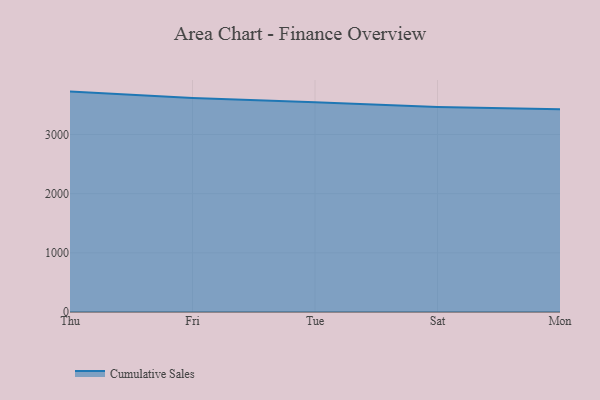
{"axis": {"x": "Day", "y": "Shipments"}, "legend": ["Cumulative Sales"], "data": [{"x": "Thu", "y": 3724.8, "type": "Cumulative Sales"}, {"x": "Fri", "y": 3618.0, "type": "Cumulative Sales"}, {"x": "Tue", "y": 3543.1, "type": "Cumulative Sales"}, {"x": "Sat", "y": 3465.8, "type": "Cumulative Sales"}, {"x": "Mon", "y": 3425.6, "type": "Cumulative Sales"}]}